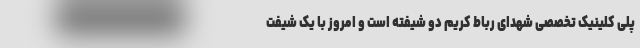
پلی کلینیک تخصصی شهدای رباط کریم دو شیفته است و امروز با یک شیفت